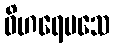
ဝိဟရေမသေ